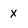
Character: X